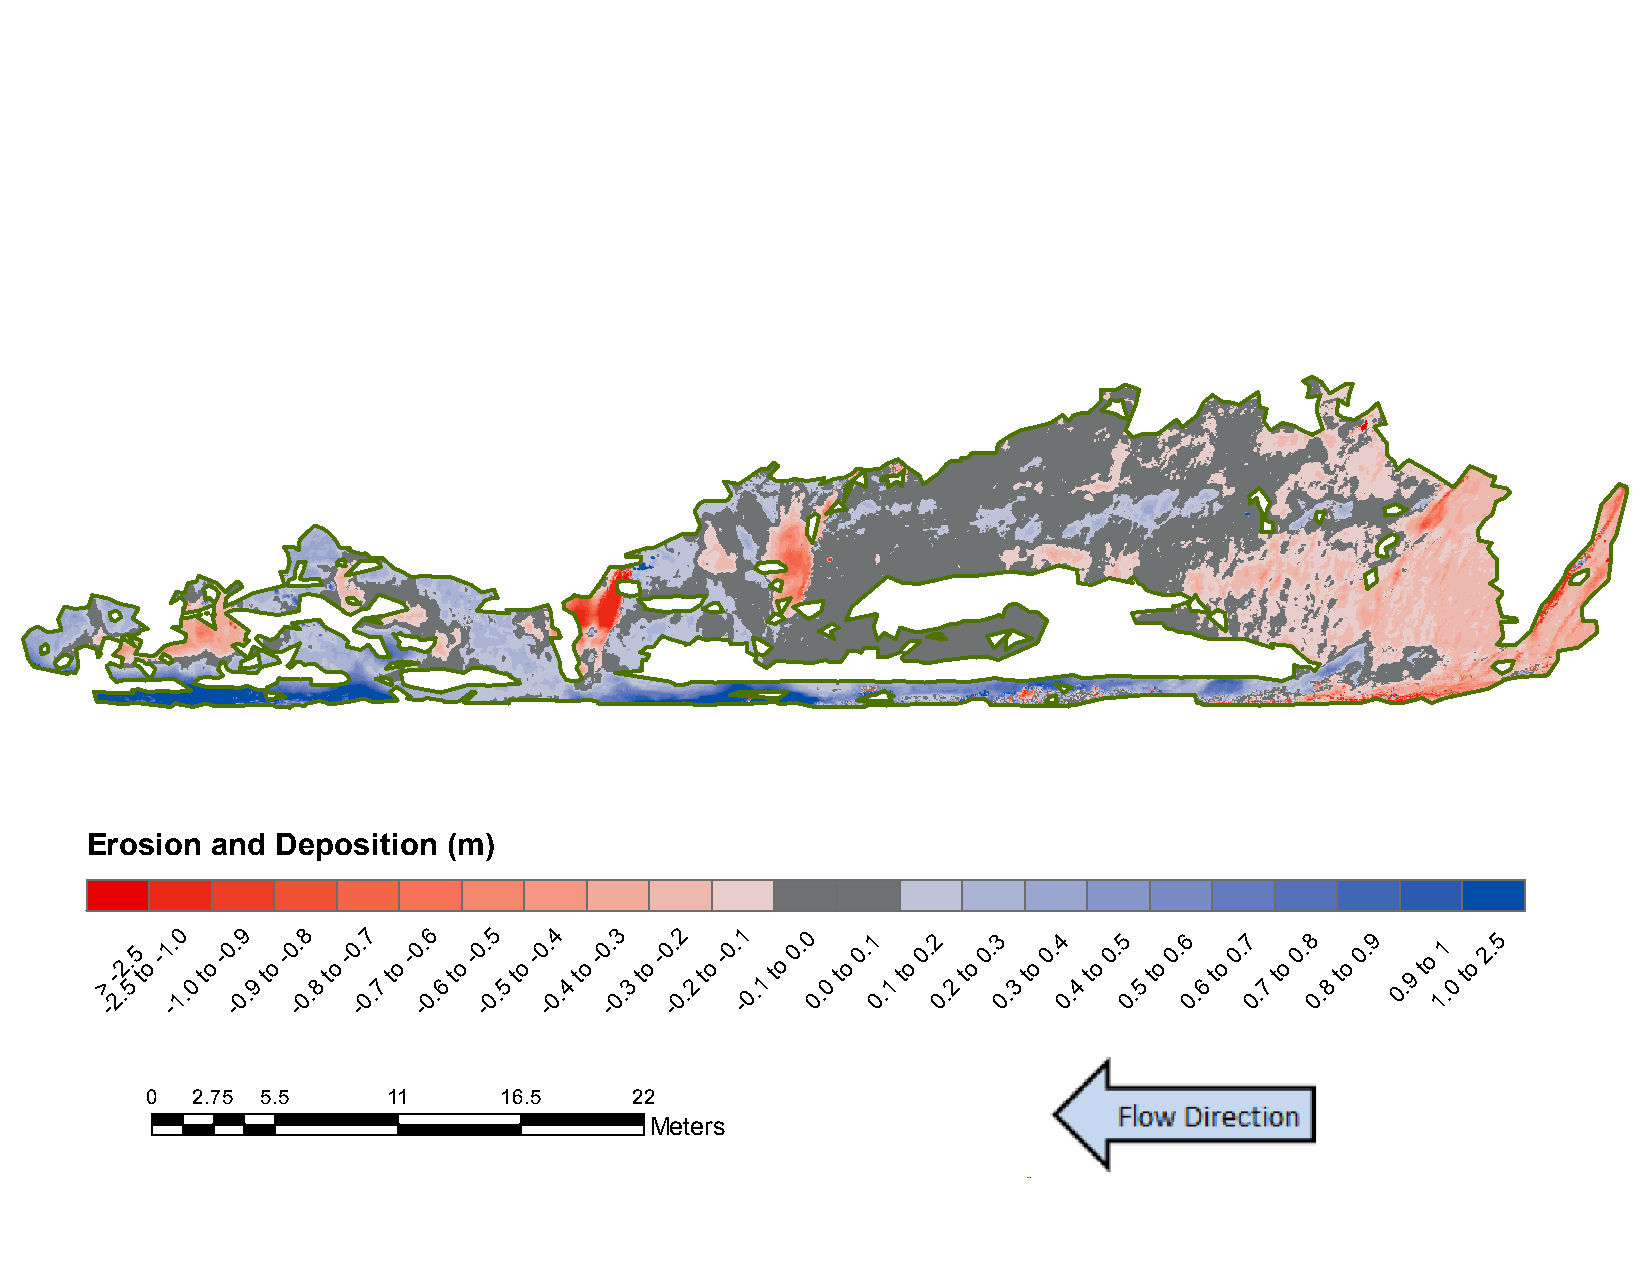
B2:    September           2014     to  April    2015
 Erosion and Deposition  (m)
 >
 -
 -
 2.2.
 5
 5
 t
 o
 -1 -. 10
 .0
 to
 -0 -. 09
 .9
 to
 -0 -. 08
 .8
 to
 -0 -. 07
 .7
 to
 -0 -. 06
 .6
 to
 -0 -. 05
 .5
 to
 -0 -. 04
 .4
 to
 -0 -. 03
 .3
 to
 -0 -. 02
 .2
 to
 -0. -1
 0.1
 to
 0. 0
 0.
 0
 to
 0.1
 0
 .1
 to
 0.2
 0
 .2
 to
 0.3
 0
 .3
 to
 0.4
 0
 .4
 to
 0.5
 0.
 5
 to
 0.6
 0.
 6
 to
 0.7
 0.
 7
 to
 0.8
 0.
 8
 to
 0.9
 0
 .9
 to
 11
 .0
 to
 2.5
 0  2.75 5.5     11     16.5     22
 Meters